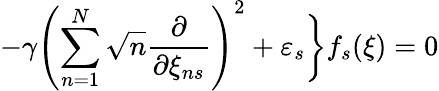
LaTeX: -\gamma\left(\sum_{n=1}^{N}\sqrt{n}\frac\partial{\partial\xi_{ns}}\right)^{2}+\varepsilon_{s}\biggr\} f_{s}(\xi)=0